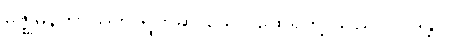
မဇ္ဈိမနိကာယ်ကို ရွတ်ဆို သော ထေရ်တို့ သည်။ (ဝဒန္တိ၊)